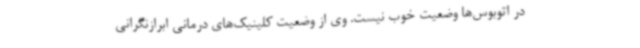
در اتوبوس‌ها وضعیت خوب نیست. وی از وضعیت کلینیک‌های درمانی ابرازنگرانی